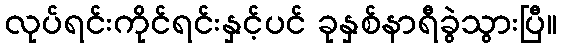
လုပ်ရင်းကိုင်ရင်းနှင့်ပင် ခုနှစ်နာရီခွဲသွားပြီ။